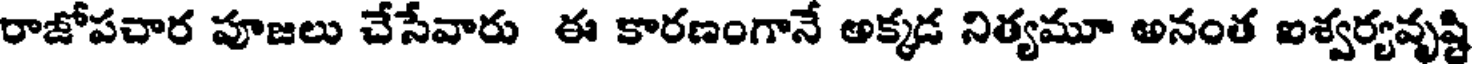
రాజోపచార పూజలు చేసేవారు ఈ కారణంగానే అక్కడ నిత్యమూ అనంత ఐశ్వర్యవృష్టి